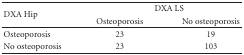
<table><thead><tr><td rowspan="2"><b>DXA Hip</b></td><td colspan="2"><b>DXA LS</b></td></tr><tr><td><b>Osteoporosis</b></td><td><b>No osteoporosis</b></td></tr></thead><tbody><tr><td>Osteoporosis</td><td>23</td><td>19</td></tr><tr><td>No osteoporosis</td><td>23</td><td>103</td></tr></tbody></table>